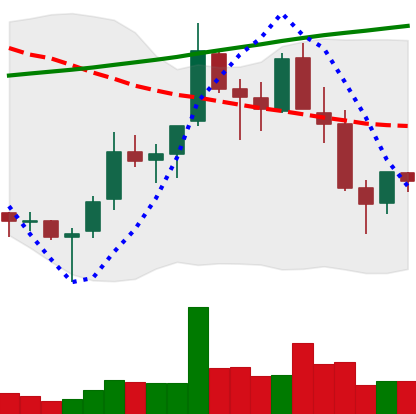
Ticker: TRX-USD
Chart end date: 2018-04-03
Forward return: 8.135%
Label: up_7plus